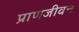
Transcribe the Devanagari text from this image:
प्राणजीवन